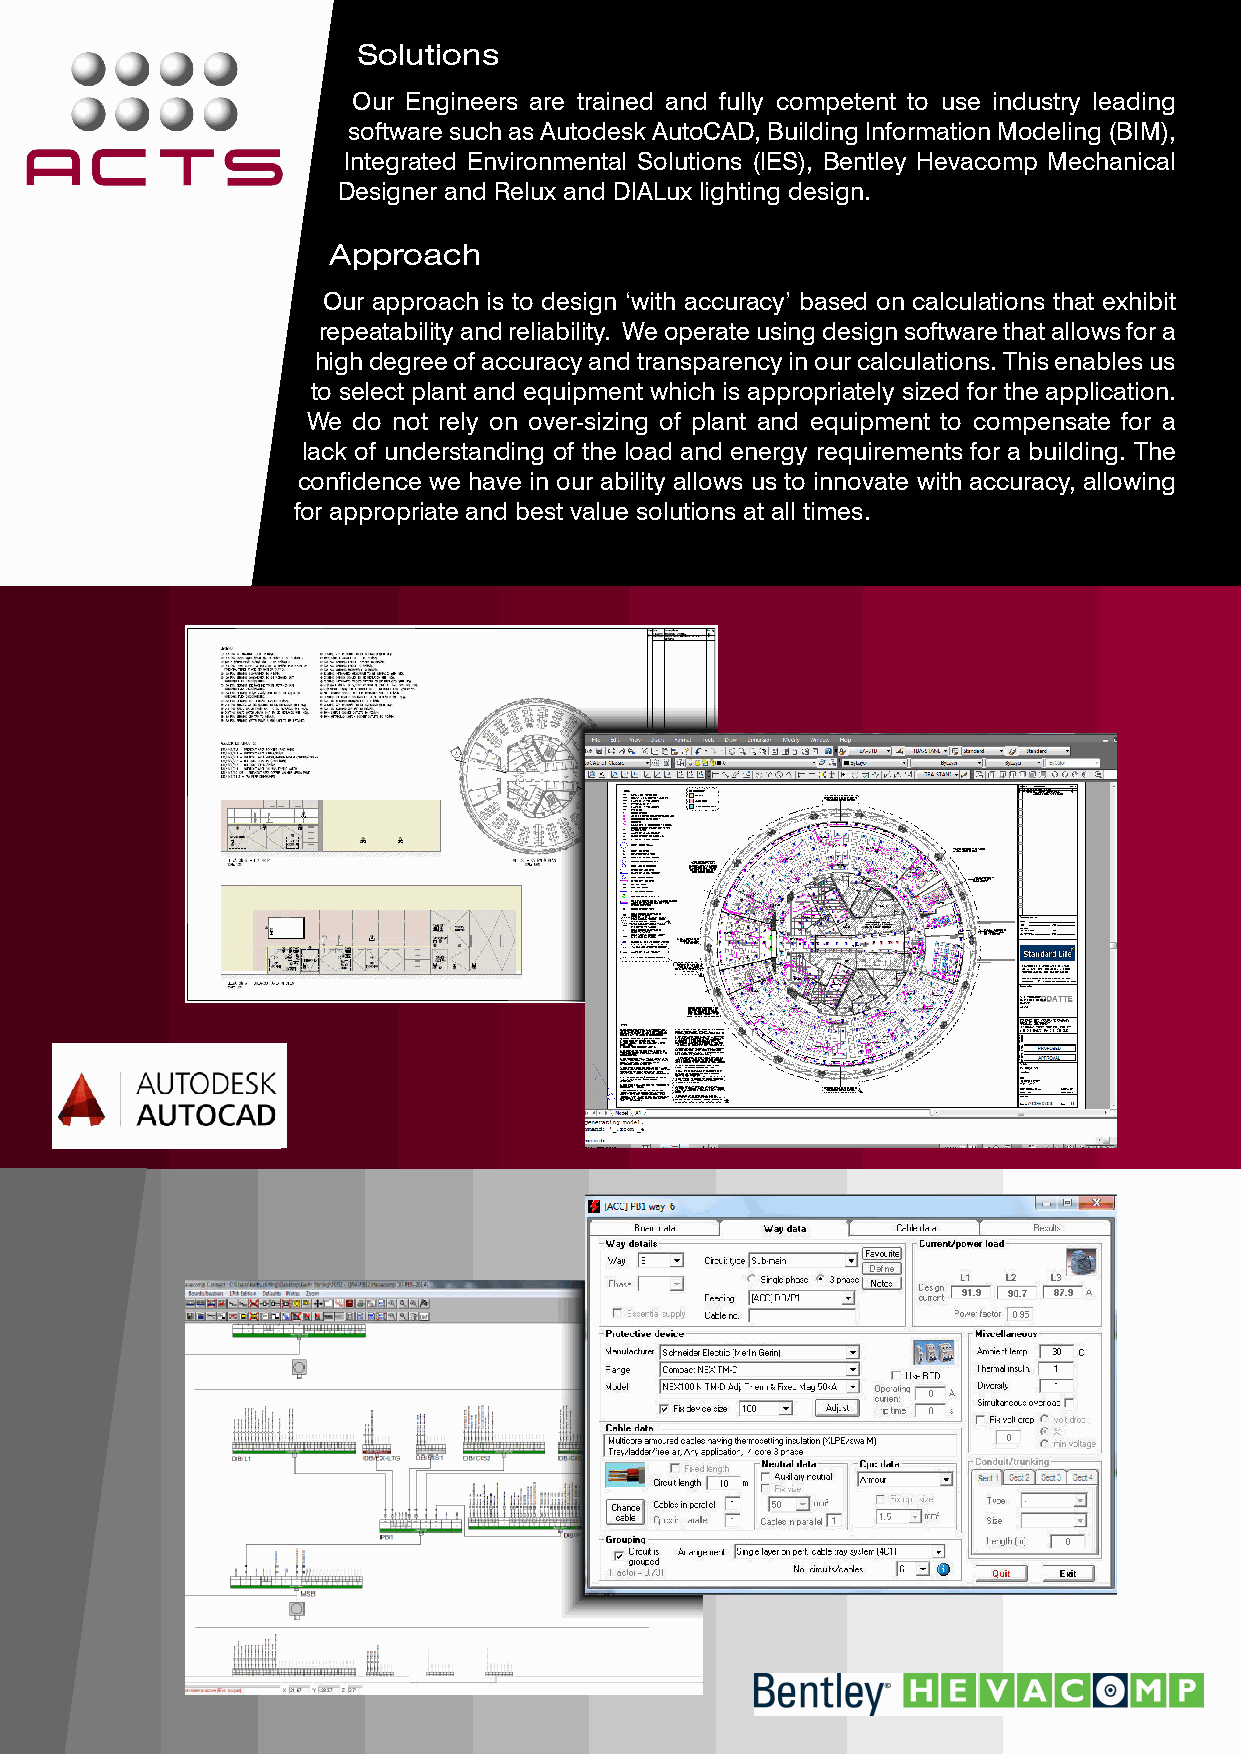
Solutions
 Our Engineers are trained and fully competent to use industry leading
 software such as Autodesk AutoCAD, Building Information Modeling (BIM),
 Integrated Environmental Solutions (IES), Bentley Hevacomp Mechanical
 Designer and Relux and DIALux lighting design.
 Approach
 Our approach is to design ‘with accuracy’ based on calculations that exhibit
 repeatability and reliability. We operate using design software that allows for a
 high degree of accuracy and transparency in our calculations. This enables us
 to select plant and equipment which is appropriately sized for the application.
 We do not rely on over-sizing of plant and equipment to compensate for a
 lack of understanding of the load and energy requirements for a building. The
 confidence we have in our ability allows us to innovate with accuracy, allowing
 for appropriate and best value solutions at all times.